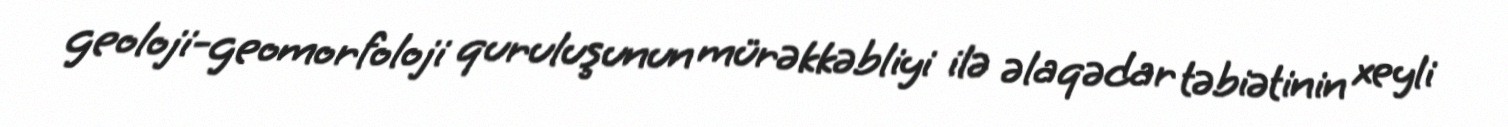
geoloji-geomorfoloji quruluşunun mürəkkəbliyi ilə əlaqədar təbiətinin xeyli